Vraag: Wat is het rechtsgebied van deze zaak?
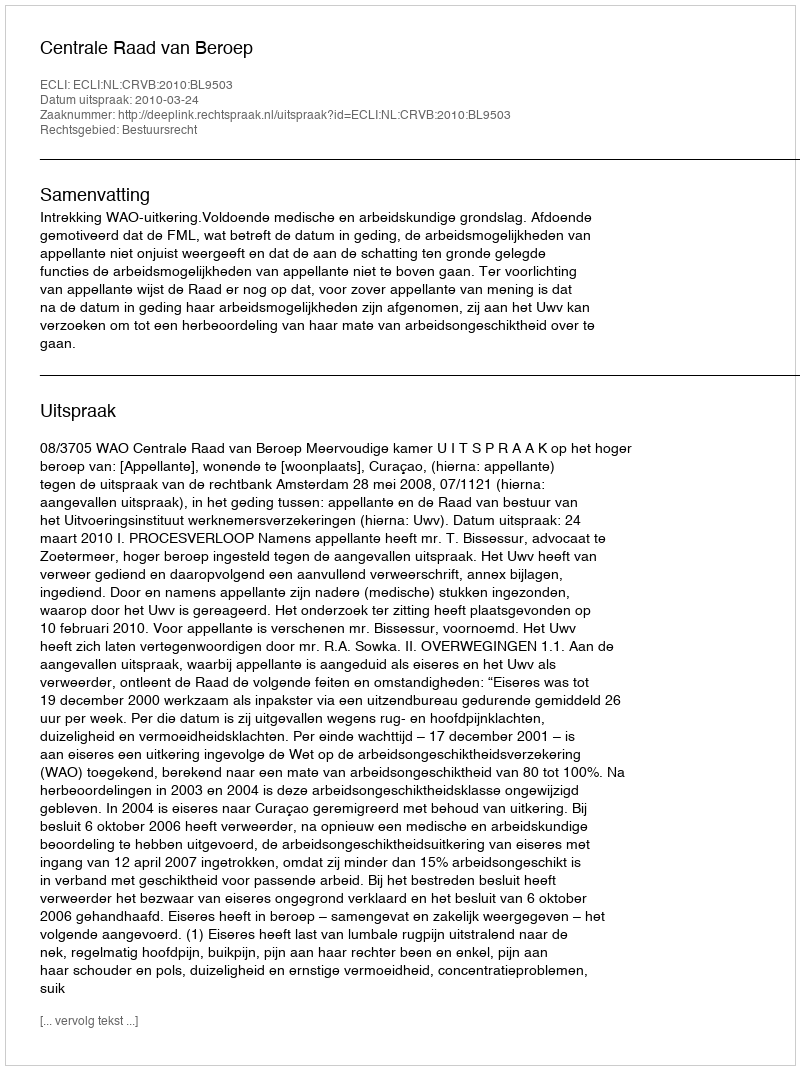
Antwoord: Bestuursrecht